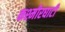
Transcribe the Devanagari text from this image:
कश्मीरघाटी